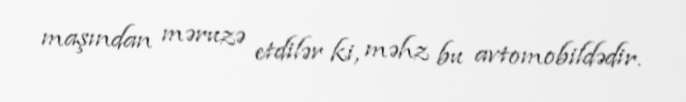
maşından məruzə etdilər ki, məhz bu avtomobildədir.